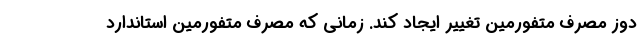
دوز مصرف متفورمین تغییر ایجاد کند. زمانی که مصرف متفورمین استاندارد